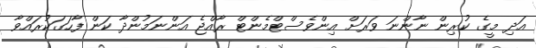
އަދި މީގެ ކުރިން ނާންނަ ވަރަށް އިންވެސްޓްމެންޓް ރާއްޖެ އަންނަމުންދާ ކަން ފާހަގަކުރައްވާ